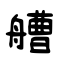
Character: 艚